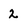
Character: 2